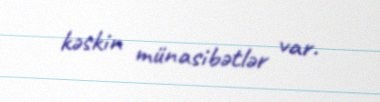
kəskin münasibətlər var.